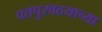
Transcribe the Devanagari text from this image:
पतपुरवठयाच्या